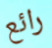
رائع